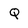
Character: Q